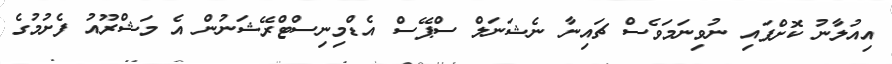
އިއުލާނު ކޮށްފައި ނުވިނަމަވެސް ޗައިނާ ނެޝަނަލް ސްޕޭސް އެޑްމިނިސްޓްރޭޝަނުން އެ މަޝްރޫއު ފެށުމުގެ